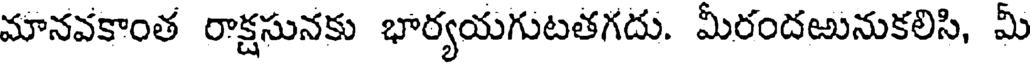
మానవకాంత రాక్షసునకు భార్యయగుటతగదు. మీరందఱునుకలిసి, మీ